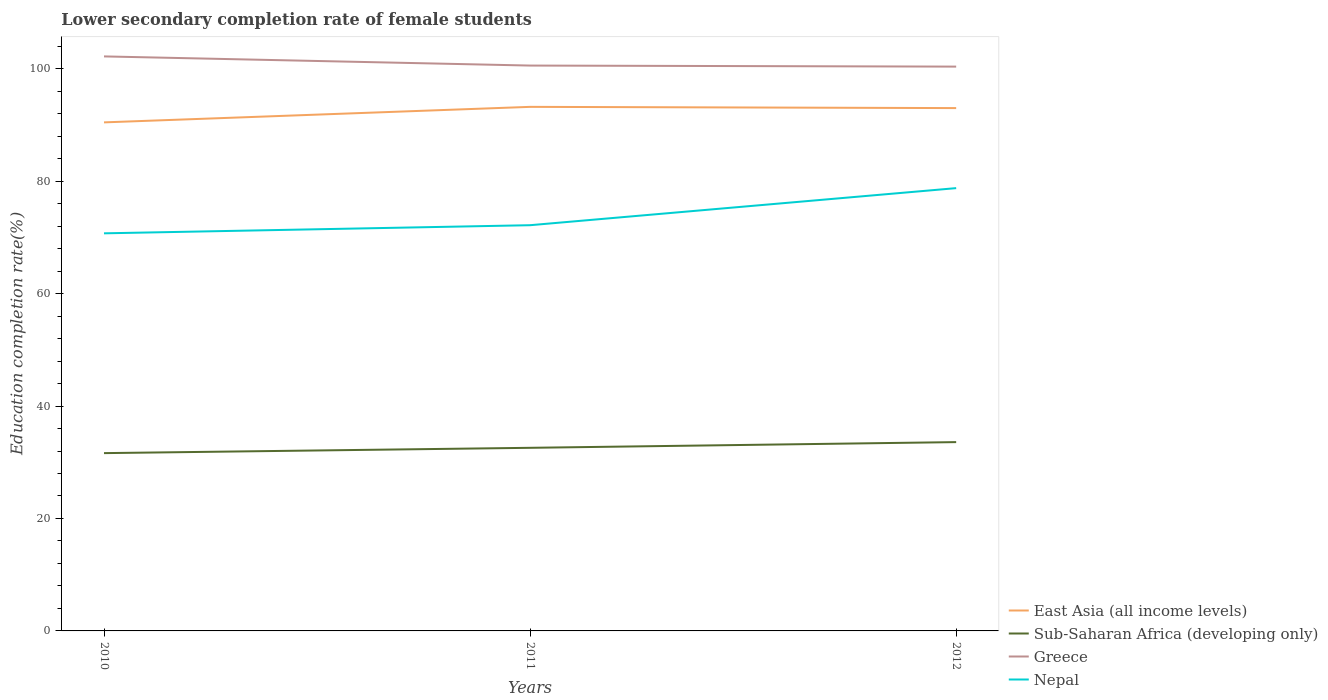
| Years | East Asia (all income levels) | Sub-Saharan Africa (developing only) | Greece | Nepal |
 | --- | --- | --- | --- | --- |
 | 2010 | 90.5 | 31.6 | 102 | 70.7 |
 | 2011 | 93.2 | 32.6 | 101 | 72.2 |
 | 2012 | 93 | 33.6 | 100 | 78.8 |